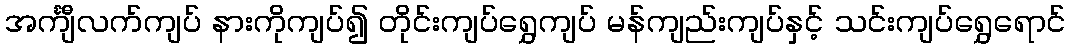
အင်္ကျီလက်ကျပ် နားကိုကျပ်၍ တိုင်းကျပ်ရွှေကျပ် မန်ကျည်းကျပ်နှင့် သင်းကျပ်ရွှေရောင်